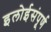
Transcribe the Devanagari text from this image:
इलोईसंपूर्ण